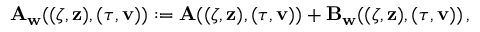
\mathbf { A } _ { \mathbf { w } } ( ( { \boldsymbol \zeta } , { \mathbf { z } } ) , ( { \boldsymbol \tau } , { \mathbf { v } } ) ) : = \mathbf { A } ( ( { \boldsymbol \zeta } , { \mathbf { z } } ) , ( { \boldsymbol \tau } , { \mathbf { v } } ) ) + \mathbf { B } _ { \mathbf { w } } ( ( { \boldsymbol \zeta } , { \mathbf { z } } ) , ( { \boldsymbol \tau } , { \mathbf { v } } ) ) \, ,